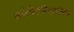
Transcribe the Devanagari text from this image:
कर्परचेतामिळालेल्या